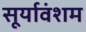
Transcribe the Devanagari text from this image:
सूर्यावंशम